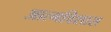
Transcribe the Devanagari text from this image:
आत्मविशास